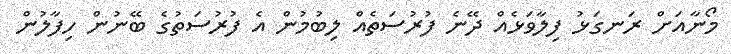
މޯނާއަށް ރަނގަޅު ފިލާވަޅެއް ދޭނެ ފުރުސަތެއް ލިބުމުން އެ ފުރުސަތުގެ ބޭނުން ހިފާލުން